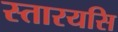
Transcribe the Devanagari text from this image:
स्तारयसि